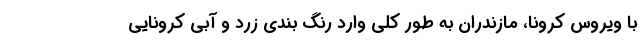
با ویروس کرونا، مازندران به طور کلی وارد رنگ بندی زرد و آبی کرونایی